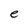
Character: e